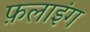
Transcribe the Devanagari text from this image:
फ़लाइंग